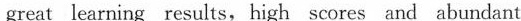
great learning results,high scores and abundant